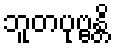
ဘူတပုဗ္ဗန္တိ